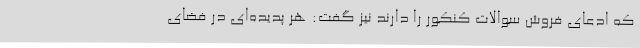
که ادعای فروش سوالات کنکور را دارند نیز گفت: هر پدیده‌ای در فضای